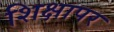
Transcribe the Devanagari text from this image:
शिक्षापर